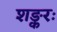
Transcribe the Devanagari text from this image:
शङ्करः